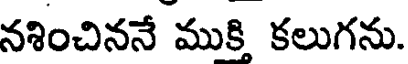
నశించిననే ముకి కలుగను.